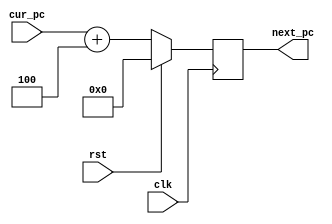
module program_counter (next_pc,cur_pc,rst,clk);

	// Output signals...
	// Incremented value of the program counter
	output [0:31] next_pc;
	
	
	
	
	// ===============================================================
	// Input signals
	// Current value of the program counter
	input [0:31] cur_pc;
	// Clock signal for the program counter
	input clk;
	// Reset signal for the program counter
	input rst;
	/**
	 * May also include: branch_offset[n:0], is_branch
	 * Size of branch offset is specified in the Instruction Set
	 * Architecture
	 */
	
	
	
	
	
	// ===============================================================
	// Declare "wire" signals:
	//wire FSM_OUTPUT;
	



	
	// ===============================================================
	// Declare "reg" signals: 
	reg [0:31] next_pc;		// Output signals

	
	
	
	// ===============================================================
	
	always @(posedge clk)
	begin
		// If the reset signal sis set to HIGH
		if(rst)
		begin
			// Set its value to ZERO
			next_pc<=32'd0;
		end
		else
		begin
			next_pc<=cur_pc+32'd4;
		end
	end
	
	
	
	
endmodule